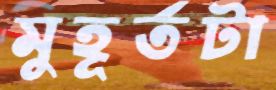
মুহূর্তটা